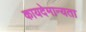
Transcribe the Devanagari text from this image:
कायदेमान्यता